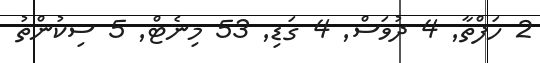
2 ހަފްތާ